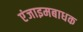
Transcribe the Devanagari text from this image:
एंजाइमबाधक